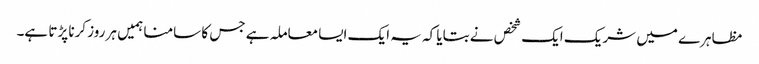
مظاہرے میں شریک ایک شخص نے بتایا کہ یہ ایک ایسا معاملہ ہے جس کا سامنا ہمیں ہر روز کرنا پڑتا ہے۔